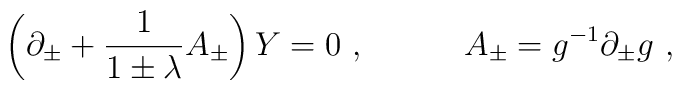
\left( \partial_\pm + {1\over 1\pm\lambda}A_\pm\right) Y =0\ ,\quad\quad\quad A_\pm = g^{-1}\partial_\pm g\ ,